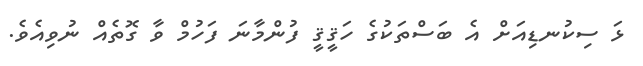
ޅަ ސިކުނޑިއަށް އެ ބަސްތަކުގެ ހަޤީޤީ ފުންމާނަ ފަހުމް ވާ ގޮތެއް ނުވިއެވެ.